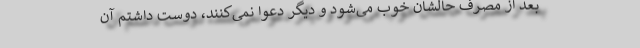
بعد از مصرف حالشان خوب می‌شود و دیگر دعوا نمی‌کنند، دوست داشتم آن